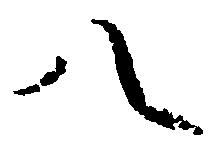
八